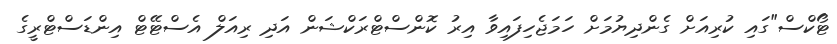
ޓޯކްސް"ގައި ކުރިއަށް ގެންދިޔުމަށް ހަމަޖެހިފައިވާ އިރު ކޮންސްޓްރަކްޝަން އަދި ރިއަލް އެސްޓޭޓް އިންޑަސްޓްރީގެ